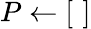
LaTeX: P\leftarrow[\, \, ]